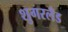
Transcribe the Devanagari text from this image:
शुगरलँड